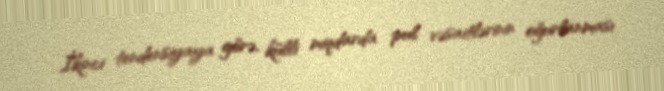
İkinci tendensiyaya görə, külli miqdarda pul vəsaitlərinin oğurlanması